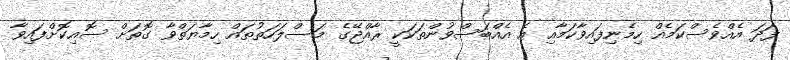
ފަދަ އެއްވެސްކަމެއް ހިމެނިފައިވާކަމާއި އެ އެއްބަސްވުންތަކަކީ ރާއްޖޭގެ މަސްލަހަތުތައް ހިމާޔަތްވާ ގޮތަށް ސޮއިކޮށްފައިވާ